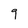
Character: 9